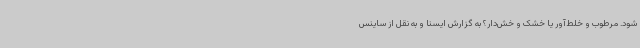
شود. مرطوب و خلط‌آور یا خشک و خش‌دار؟ به گزارش ایسنا و به نقل از ساینس